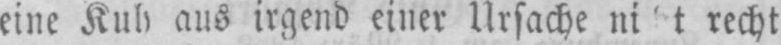
recht